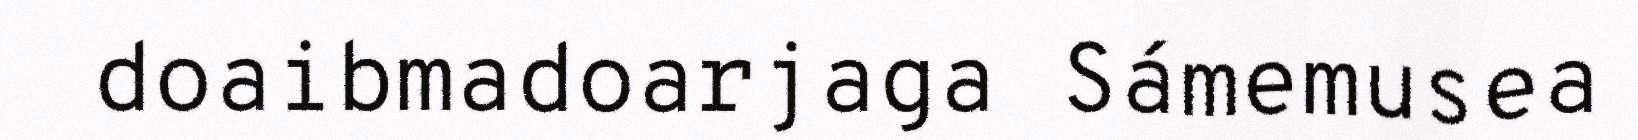
doaibmadoarjaga Sámemusea